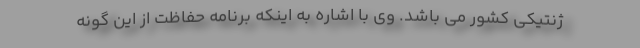
ژنتیکی کشور می باشد. وی با اشاره به اینکه برنامه حفاظت از این گونه